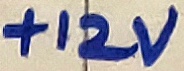
Text: +12V